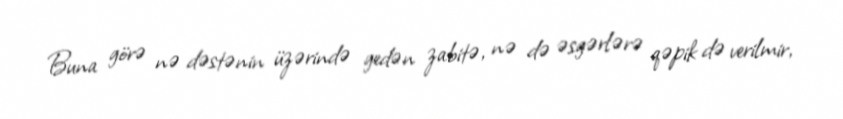
Buna görə nə dəstənin üzərində gedən zabitə, nə də əsgərlərə qəpik də verilmir,